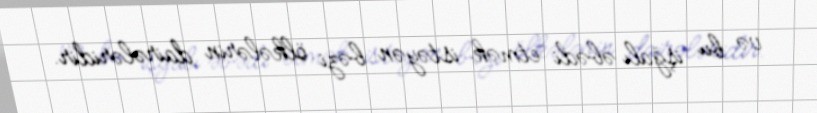
və bu işğalı əbədi etmək istəyən bəzi ölkələrin dairələridir.